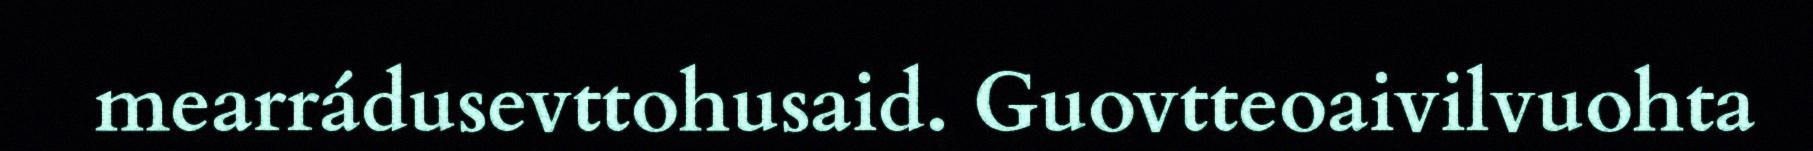
mearrádusevttohusaid. Guovtteoaivilvuohta